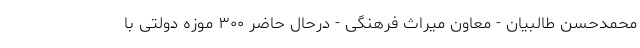
محمدحسن طالبیان - معاون میراث فرهنگی - درحال حاضر ۳۰۰ موزه دولتی با